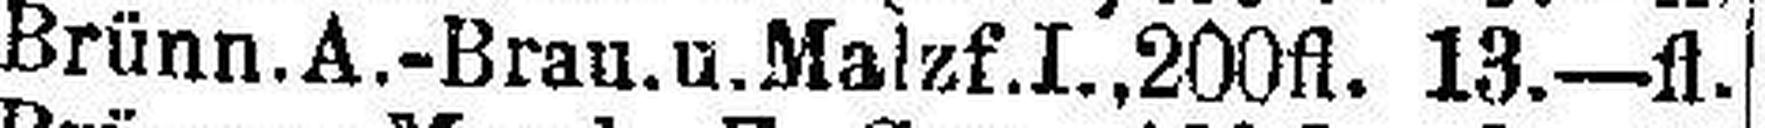
Brünn.A.-Brau.u.Malzf.I., 200fl. 13—fl.